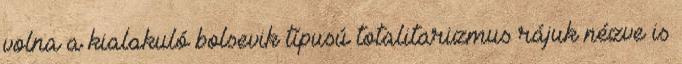
volna a kialakuló bolsevik típusú totalitarizmus rájuk nézve is